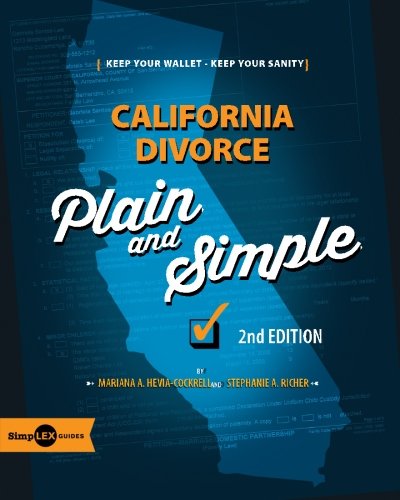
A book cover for California Divorce: Plain and Simple - 2nd Edition: Save Your Wallet, Save Your Sanity; Mariana A. Hevia-Cockrell; Law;